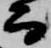
而